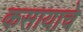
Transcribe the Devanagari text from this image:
कसायाचे